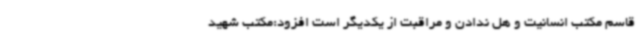
قاسم مکتب انسانیت و هل ندادن و مراقبت از یکدیگر است افزود:مکتب شهید